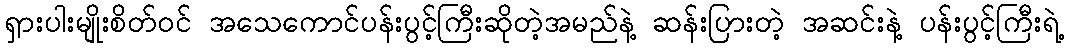
ရှားပါးမျိုးစိတ်ဝင် အသေကောင်ပန်းပွင့်ကြီးဆိုတဲ့အမည်နဲ့ ဆန်းပြားတဲ့ အဆင်းနဲ့ ပန်းပွင့်ကြီးရဲ့